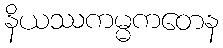
နိယဿကမ္မကတေန